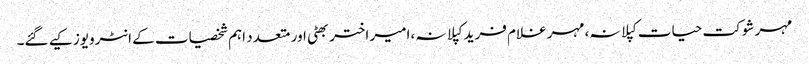
مہر شوکت حیات کپلانہ،مہر غلام فرید کپلانہ،امیر اختر بھٹی اور متعدد اہم شخصیات کے انٹرویوز کیے گئے۔